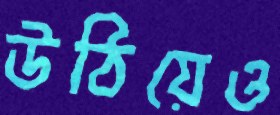
উঠিয়েও